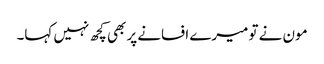
مون نے تو میرے افسانے پر بھی کچھ نہیں کہا۔